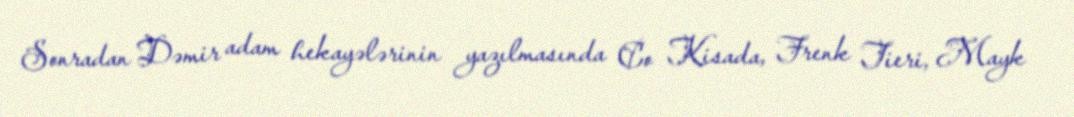
Sonradan Dəmir adam hekayələrinin yazılmasında Co Kisada, Frenk Tieri, Mayk